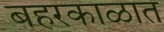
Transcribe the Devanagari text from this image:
बहरकाळात